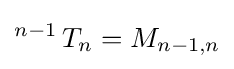
\operatorname {} ^{n-1}T_{n}=M_{n-1,n}